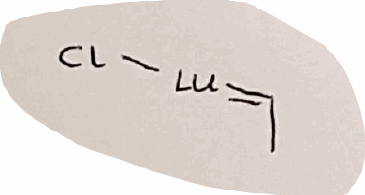
Simplified molecular-input line-entry system (SMILES) notation of the given molecule:
CC=[Lu]Cl